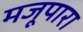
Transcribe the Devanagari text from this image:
मजूपारा